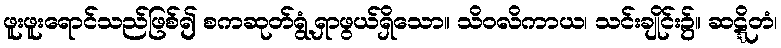
ဖူးဖူးရောင်သည်ဖြစ်၍ စကဆုတ်ရွံ့ရှာဖွယ်ရှိသော။ သိဝလိကာယ၊ သင်းချိုင်း၌။ ဆဋ္ဋိတံ၊